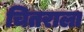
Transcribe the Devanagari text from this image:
चितराला